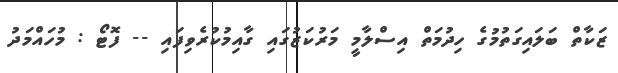
ޒަކާތް ބަލައިގަތުމުގެ ހިދުމަތް އިސްލާމީ މަރުކަޒުގައި ގާއިމުކުރެވިފައި -- ފޮޓޯ : މުހައްމަދު